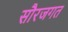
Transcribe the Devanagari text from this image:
सौरजगत